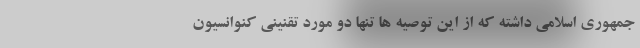
جمهوری اسلامی داشته که از این توصیه ها تنها دو مورد تقنینی کنوانسیون